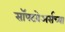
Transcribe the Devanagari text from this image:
सॉफ्टवेअर्सच्या